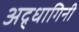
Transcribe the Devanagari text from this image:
अद्र्धागिनी